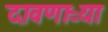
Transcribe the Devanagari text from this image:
दावणाऱ्या